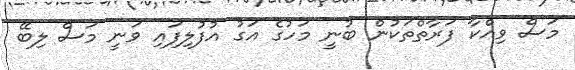
މަސް ވިއްކާ ފަރާތްތަކުން ބުނީ މަހުގެ އަގު އުފުލިފައި ވަނީ މަސް ލިބޭ